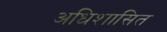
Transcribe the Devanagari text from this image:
अधिशासित